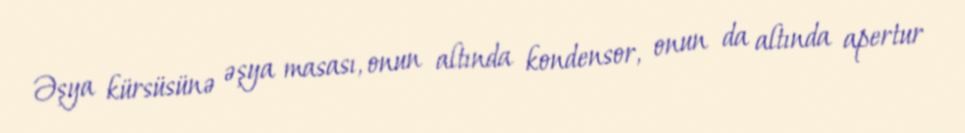
Əşya kürsüsünə əşya masası, onun altında kondensor, onun da altında apertur